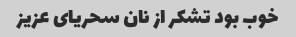
خوب بود تشکر از نان سحریای عزیز